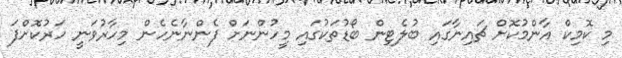
މި ކޮމިކް އާންމުކޮށް ޗައިނާގައި ބުލެޓިން ބޯޑުތަކުގައި މީހުންނަށް ފެންނާނެހެން މިހާރުވަނީ ހަރުކޮށްފަ